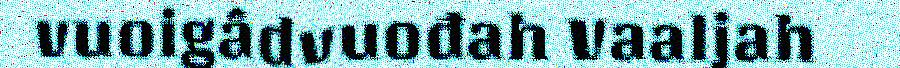
vuoigâdvuođah Vaaljah